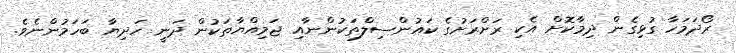
ރޯދަމަހާ ގުޅިގެން ދިމާކޮށް އެކި ރަށްރަށުގެ ކައުންސިލްތަކުންނާއި ޖަމިއްޔާތަކުން ދަނީ ހަދިޔާ ބަހަމުންނެވެ.